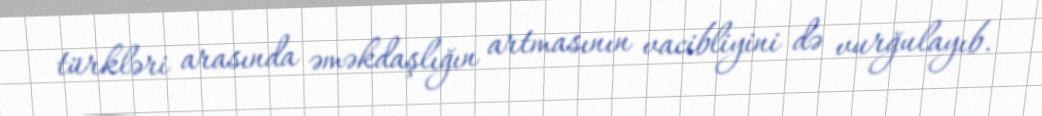
türkləri arasında əməkdaşlığın artmasının vacibliyini də vurğulayıb.